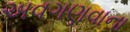
અવગણવાના